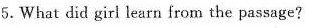
5. What did girl learn from the passage?